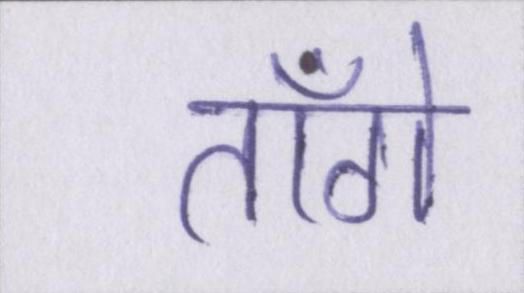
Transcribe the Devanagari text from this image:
ताँगे